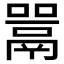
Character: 𫬋